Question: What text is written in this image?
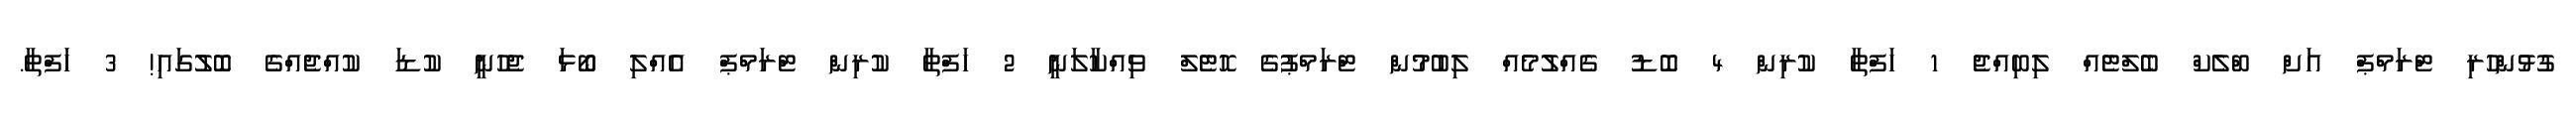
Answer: ގުޅުންހުރި ޓްރަމްޕް އަށް ބްލެކް ބެލްޓެއް ލިބިއްޖެ 1 ހަފްތާ ކުރިން 4 ބޮޑު ގެއްލުމެއް ލިބުމުން ޓްރަމްޕުގެ ހޮޓެލް ވިއްކާލަނީ 2 ހަފްތާ ކުރިން ޓްރަމްޕް އެއްލި ބޯޅަ ޖެހުނީ ކުޑަ ކުއްޖެއްގެ ބޮލުގައި! 3 ހަފްތާ.